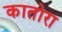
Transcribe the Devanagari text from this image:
कातोरा